Report on lock hospitals in British Burma
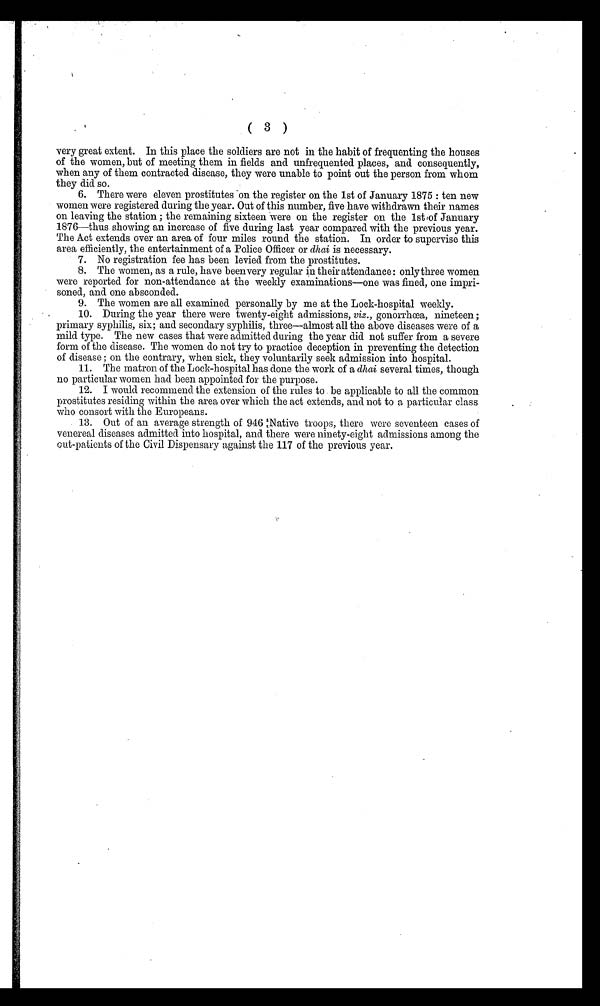
( 3
)
very great extent. In this place the soldiers are not in the habit of frequenting the houses
of the women, but of meeting them in fields and unfrequented places, and consequently,
when any of them contracted disease, they were unable to point out the person from whom
they did so.
6. There were eleven prostitutes on the register on the 1st of January 1875 : ten new
women were registered during the year. Out of this number, five have withdrawn their names
on leaving the station ; the remaining sixteen were on the register on the 1st of January
1876—thus showing an increase of five during last year compared with the previous year.
The Act extends over an area of four miles round the station. In order to supervise this
area efficiently, the entertainment of a Police Officer or dhai is necessary.
7. No registration fee has been levied from the prostitutes.
8. The women, as a rule, have been very regular in their attendance: only three women
were reported for non-attendance at the weekly examinations—one was fined, one impri-
soned, and one absconded.
9. The women are all examined personally by me at the Lock-hospital weekly.
10. During the year there were twenty-eight admissions, viz., gonorrhœa, nineteen ;
primary syphilis, six; and secondary syphilis, three—almost all the above diseases were of a
mild type. The new cases that were admitted during the year did not suffer from a severe
form of the disease. The women do not try to practice deception in preventing the detection
of disease ; on the contrary, when sick, they voluntarily seek admission into hospital.
11. The matron of the Lock-hospital has done the work of a dhai several times, though
no particular women had been appointed for the purpose.
12. I would recommend the extension of the rules to be applicable to all the common
prostitutes residing within the area over which the act extends, and not to a particular class
who consort with the Europeans.
13. Out of an average strength of 946 Native troops, there were seventeen cases of
venereal diseases admitted into hospital, and there were ninety-eight admissions among the
out-patients of the Civil Dispensary against the 117 of the previous year.